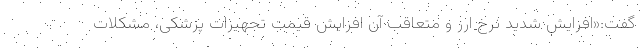
گفت:«افزایش شدید نرخ ارز و متعاقب آن افزایش قیمت تجهیزات پزشکی، مشکلات